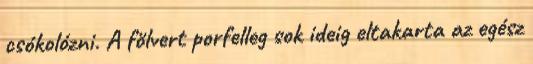
csókolózni. A fölvert porfelleg sok ideig eltakarta az egész